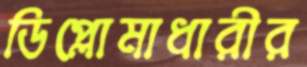
ডিপ্লোমাধারীর